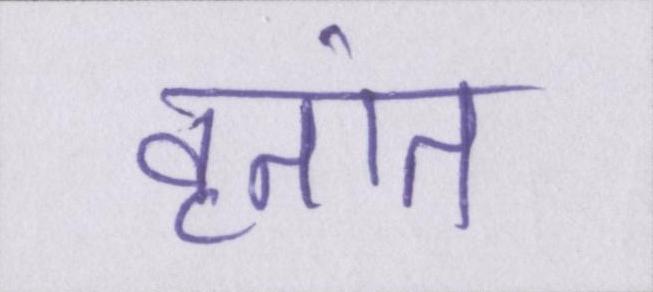
वृतांत